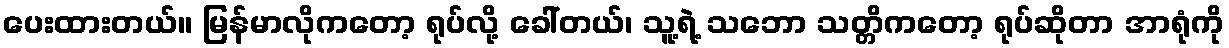
ပေးထားတယ်။ မြန်မာလိုကတော့ ရုပ်လို့ ခေါ်တယ်၊ သူ့ရဲ့ သဘော သတ္တိကတော့ ရုပ်ဆိုတာ အာရုံကို